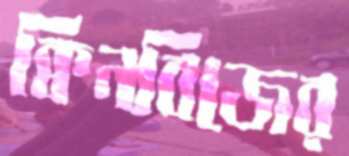
ক্বিনবিজের